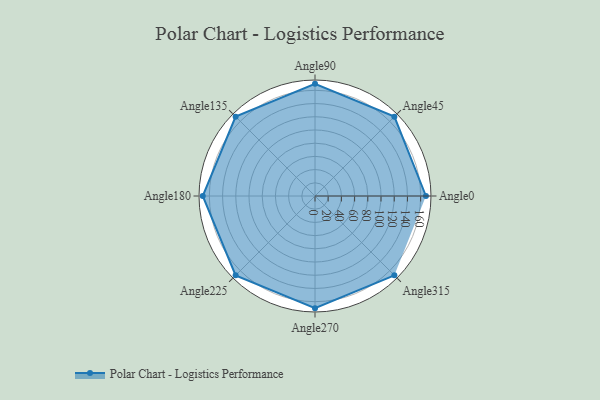
{"axis": {"x": "Angle", "y": "Radius"}, "legend": [""], "data": [{"x": "Angle0", "y": 168.0, "type": ""}, {"x": "Angle45", "y": 170, "type": ""}, {"x": "Angle90", "y": 170, "type": ""}, {"x": "Angle135", "y": 170, "type": ""}, {"x": "Angle180", "y": 170, "type": ""}, {"x": "Angle225", "y": 170, "type": ""}, {"x": "Angle270", "y": 170, "type": ""}, {"x": "Angle315", "y": 170, "type": ""}]}